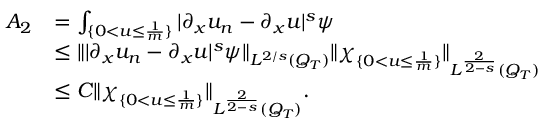
\begin{array} { r l } { A _ { 2 } } & { = \int _ { \{ 0 < u \leq \frac { 1 } { m } \} } | \partial _ { x } u _ { n } - \partial _ { x } u | ^ { s } \psi } \\ & { \leq \lVert | \partial _ { x } u _ { n } - \partial _ { x } u | ^ { s } \psi \rVert _ { L ^ { 2 / s } ( Q _ { T } ) } \lVert \chi _ { \{ 0 < u \leq \frac { 1 } { m } \} } \rVert _ { L ^ { \frac { 2 } { 2 - s } } ( Q _ { T } ) } } \\ & { \leq C \lVert \chi _ { \{ 0 < u \leq \frac { 1 } { m } \} } \rVert _ { L ^ { \frac { 2 } { 2 - s } } ( Q _ { T } ) } . } \end{array}